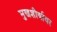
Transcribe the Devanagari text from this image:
मुखशीर्षावर